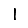
Digit: 1